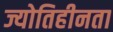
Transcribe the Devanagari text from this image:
ज्योतिहीनता